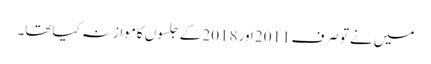
میں نےتوصرف 2011 اور2018 کےجلسوں کاموازنہ کیاتھا۔